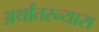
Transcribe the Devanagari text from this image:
अर्थांतरन्यास